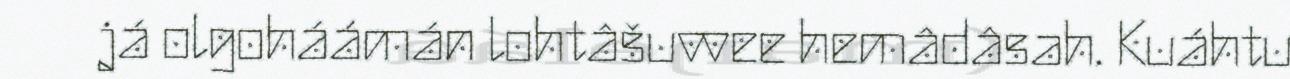
já olgoháámán lohtâšuvvee hemâdâsah. Kuáhtu